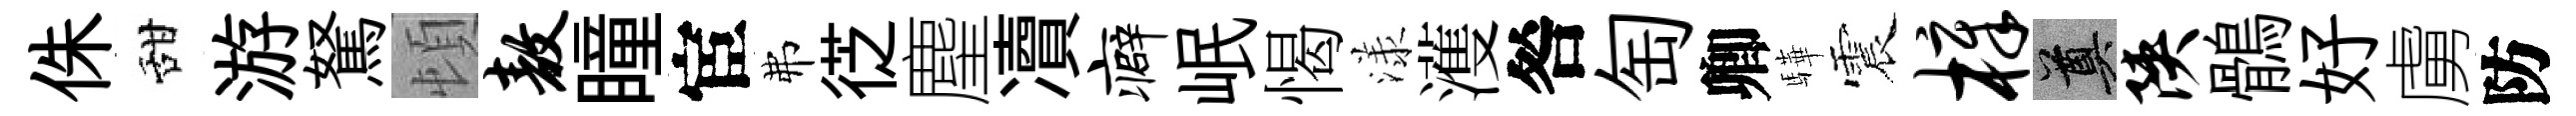
侏甜游駑頓敖瞳宦弗徔麈凟癖岷愒漾濩咎匋卿驊震樟奠陕鶻好虜防